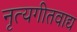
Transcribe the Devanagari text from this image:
नृत्यगीतवाद्य